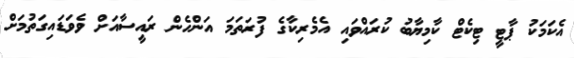
އެކަމަކު ޕާޓީ ޓިކެޓް ކާމިޔާބު ކުރައްވައި އެމެރިކާގެ ފުރަތަމަ އަންހެން ރައީސާއަށް ވެވަޑައިގަތުމަށް